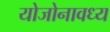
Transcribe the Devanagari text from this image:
योजोनावध्य